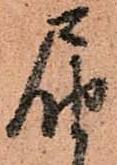
届